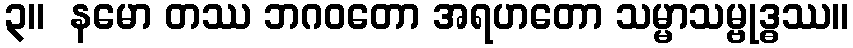
၃။  နမော တဿ ဘဂဝတော အရဟတော သမ္မာသမ္ဗုဒ္ဓဿ။